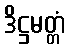
ဒိဋ္ဌမတ္တံ